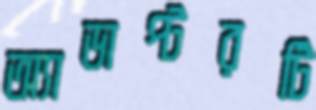
অ্যাডাপ্টরটি